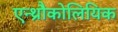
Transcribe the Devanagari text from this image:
एन्थ्रौकोलियिक